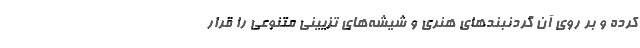
کرده و بر روی آن گردنبند‌های هنری و شیشه‌های تزیینی متنوعی را قرار